Cholera in southern India
Disease focus: Cholera
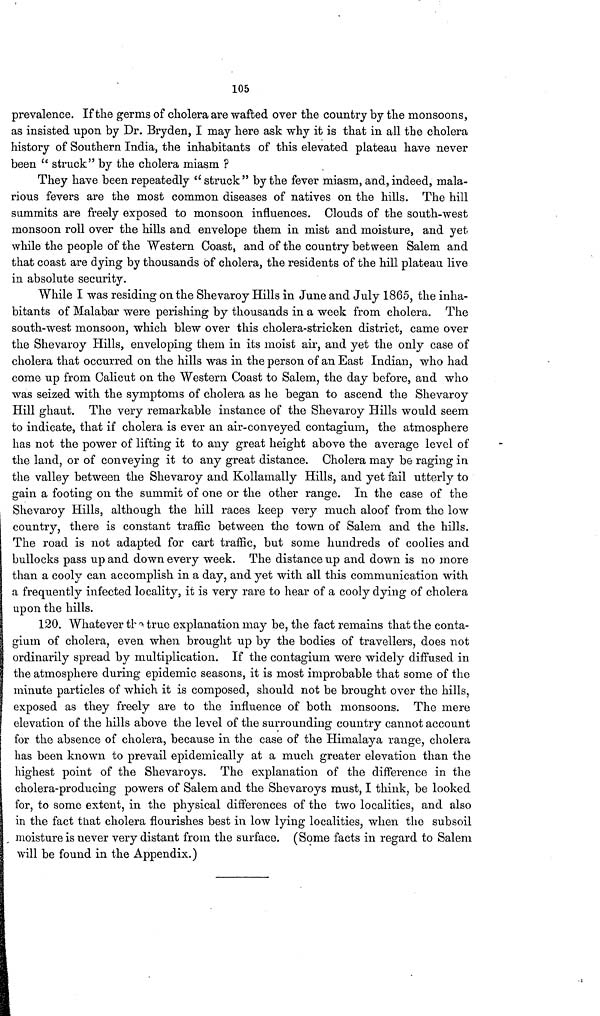
105
prevalence. If the germs of cholera are wafted over the country by the monsoons,
as insisted upon by Dr. Bryden, I may here ask why it is that in all the cholera
history of Southern India, the inhabitants of this elevated plateau have never
been " struck" by the cholera miasm ?
They have been repeatedly " struck " by the fever miasm, and, indeed, mala-
rious fevers are the most common diseases of natives on the hills. The hill
summits are freely exposed to monsoon influences. Clouds of the south-west
monsoon roll over the hills and envelope them in mist and moisture, and yet
while the people of the Western Coast, and of the country between Salem and
that coast are dying by thousands of cholera, the residents of the hill plateau live
in absolute security.
While I was residing on the Shevaroy Hills in June and July 1865, the inha-
bitants of Malabar were perishing by thousands in a week from cholera. The
south-west monsoon, which blew over this cholera-stricken district, came over
the Shevaroy Hills, enveloping them in its moist air, and yet the only case of
cholera that occurred on the hills was in the person of an East Indian, who had
come up from Calicut on the Western Coast to Salem, the day before, and who
was seized with the symptoms of cholera as he began to ascend the Shevaroy
Hill ghaut. The very remarkable instance of the Shevaroy Hills would seem
to indicate, that if cholera is ever an air-conveyed contagium, the atmosphere
has not the power of lifting it to any great height above the average level of
the land, or of conveying it to any great distance. Cholera may be raging in
the valley between the Shevaroy and Kollamally Hills, and yet fail utterly to
gain a footing on the summit of one or the other range. In the case of the
Shevaroy Hills, although the hill races keep very much aloof from the low
country, there is constant traffic between the town of Salem and the hills.
The road is not adapted for cart traffic, but some hundreds of coolies and
bullocks pass up and down every week. The distance up and down is no more
than a cooly can accomplish in a day, and yet with all this communication with
a frequently infected locality, it is very rare to hear of a cooly dying of cholera
upon the hills.
120. Whatever the true explanation may be, the fact remains that the conta-
gium of cholera, even when brought up by the bodies of travellers, does not
ordinarily spread by multiplication. If the contagium were widely diffused in
the atmosphere during epidemic seasons, it is most improbable that some of the
minute particles of which it is composed, should not be brought over the hills,
exposed as they freely are to the influence of both monsoons. The mere
elevation of the hills above the level of the surrounding country cannot account
for the absence of cholera, because in the case of the Himalaya range, cholera
has been known to prevail epidemically at a much greater elevation than the
highest point of the Shevaroys. The explanation of the difference in the
cholera-producing powers of Salem and the Shevaroys must, I think, be looked
for, to some extent, in the physical differences of the two localities, and also
in the fact that cholera flourishes best in low lying localities, when the subsoil
moisture is never very distant from the surface. (Some facts in regard to Salem
will be found in the Appendix.)